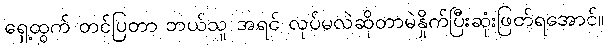
ရှေ့ထွက် တင်ပြတာ ဘယ်သူ အရင် လုပ်မလဲဆိုတာမဲနှိုက်ပြီးဆုံးဖြတ်ရအောင်။